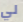
لي